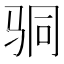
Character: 𩧲